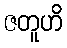
ဇတူဟိ